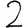
Digit: 2